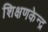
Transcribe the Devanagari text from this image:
शिक्षणकेन्द्र